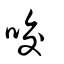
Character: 咬